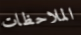
الملاحظات